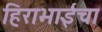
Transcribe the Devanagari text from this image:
हिराभाईंचा